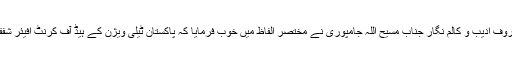
شفقت عباس ملک کی شاندار خدمات پر آپ کو خراج تحسین پیش کرتے ہوئے جنوبی پنجاب کے معروف ادیب و کالم نگار جناب مسیح اللہ جامپوری نے مختصر الفاظ میں خوب فرمایا کہ پاکستان ٹیلی ویژن کے ہیڈ آف کرنٹ افیئر شفقت عباس ملک میں کرنٹ بھی ہے اور اس کو استعمال کرتے ہوئے افیئرز پر عبور بھی حاصل ہے۔